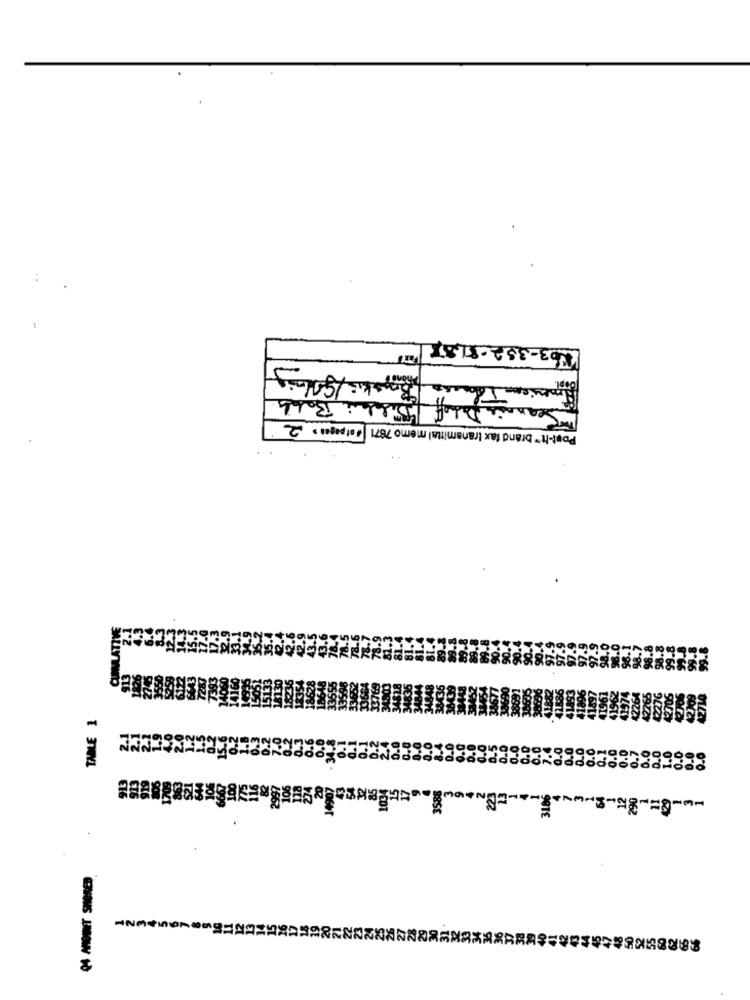
463-352-8187
Bo
Seannie Dehoff
Post-it" brand fax transmittal memo 7871 | # of pages . 2
TAMLE 1
68866466-66
318